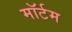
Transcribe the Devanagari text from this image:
मॉर्टम